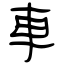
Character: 車